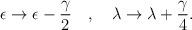
LaTeX: \begin{align*}\epsilon \rightarrow \epsilon - \frac{\gamma}{2} \ \ \ , \ \ \ \lambda \rightarrow \lambda + \frac{\gamma}{4} .\end{align*}